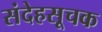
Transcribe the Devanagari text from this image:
संदेहसूचक